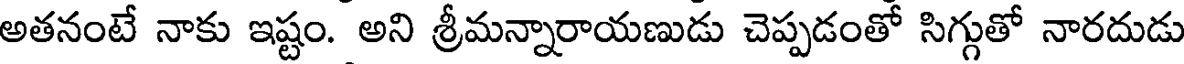
అతనంటే నాకు ఇష్టం. అని శ్రీమన్నారాయణుడు చెప్పడంతో సిగ్గుతో నారదుడు